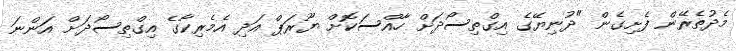
މެދުތެރޭން ފެށިގެން "ދުނިޔޭގެ އިގްތިސޯދަށް ހާއްސަކޮށް ޔޫރަޕް އަދި އެމެރިކާގެ އިގްތިސޯދަށް އަންނަ